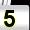
Digit: 5